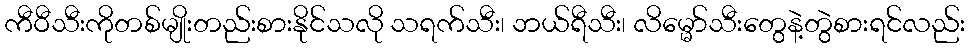
ကီဝီသီးကိုတစ်မျိုးတည်းစားနိုင်သလို သရက်သီး၊ ဘယ်ရီသီး၊ လိမ္မော်သီးတွေနဲ့တွဲစားရင်လည်း